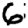
Digit: 6